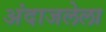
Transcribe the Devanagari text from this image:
अंदाजलेला